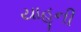
યાહૂની